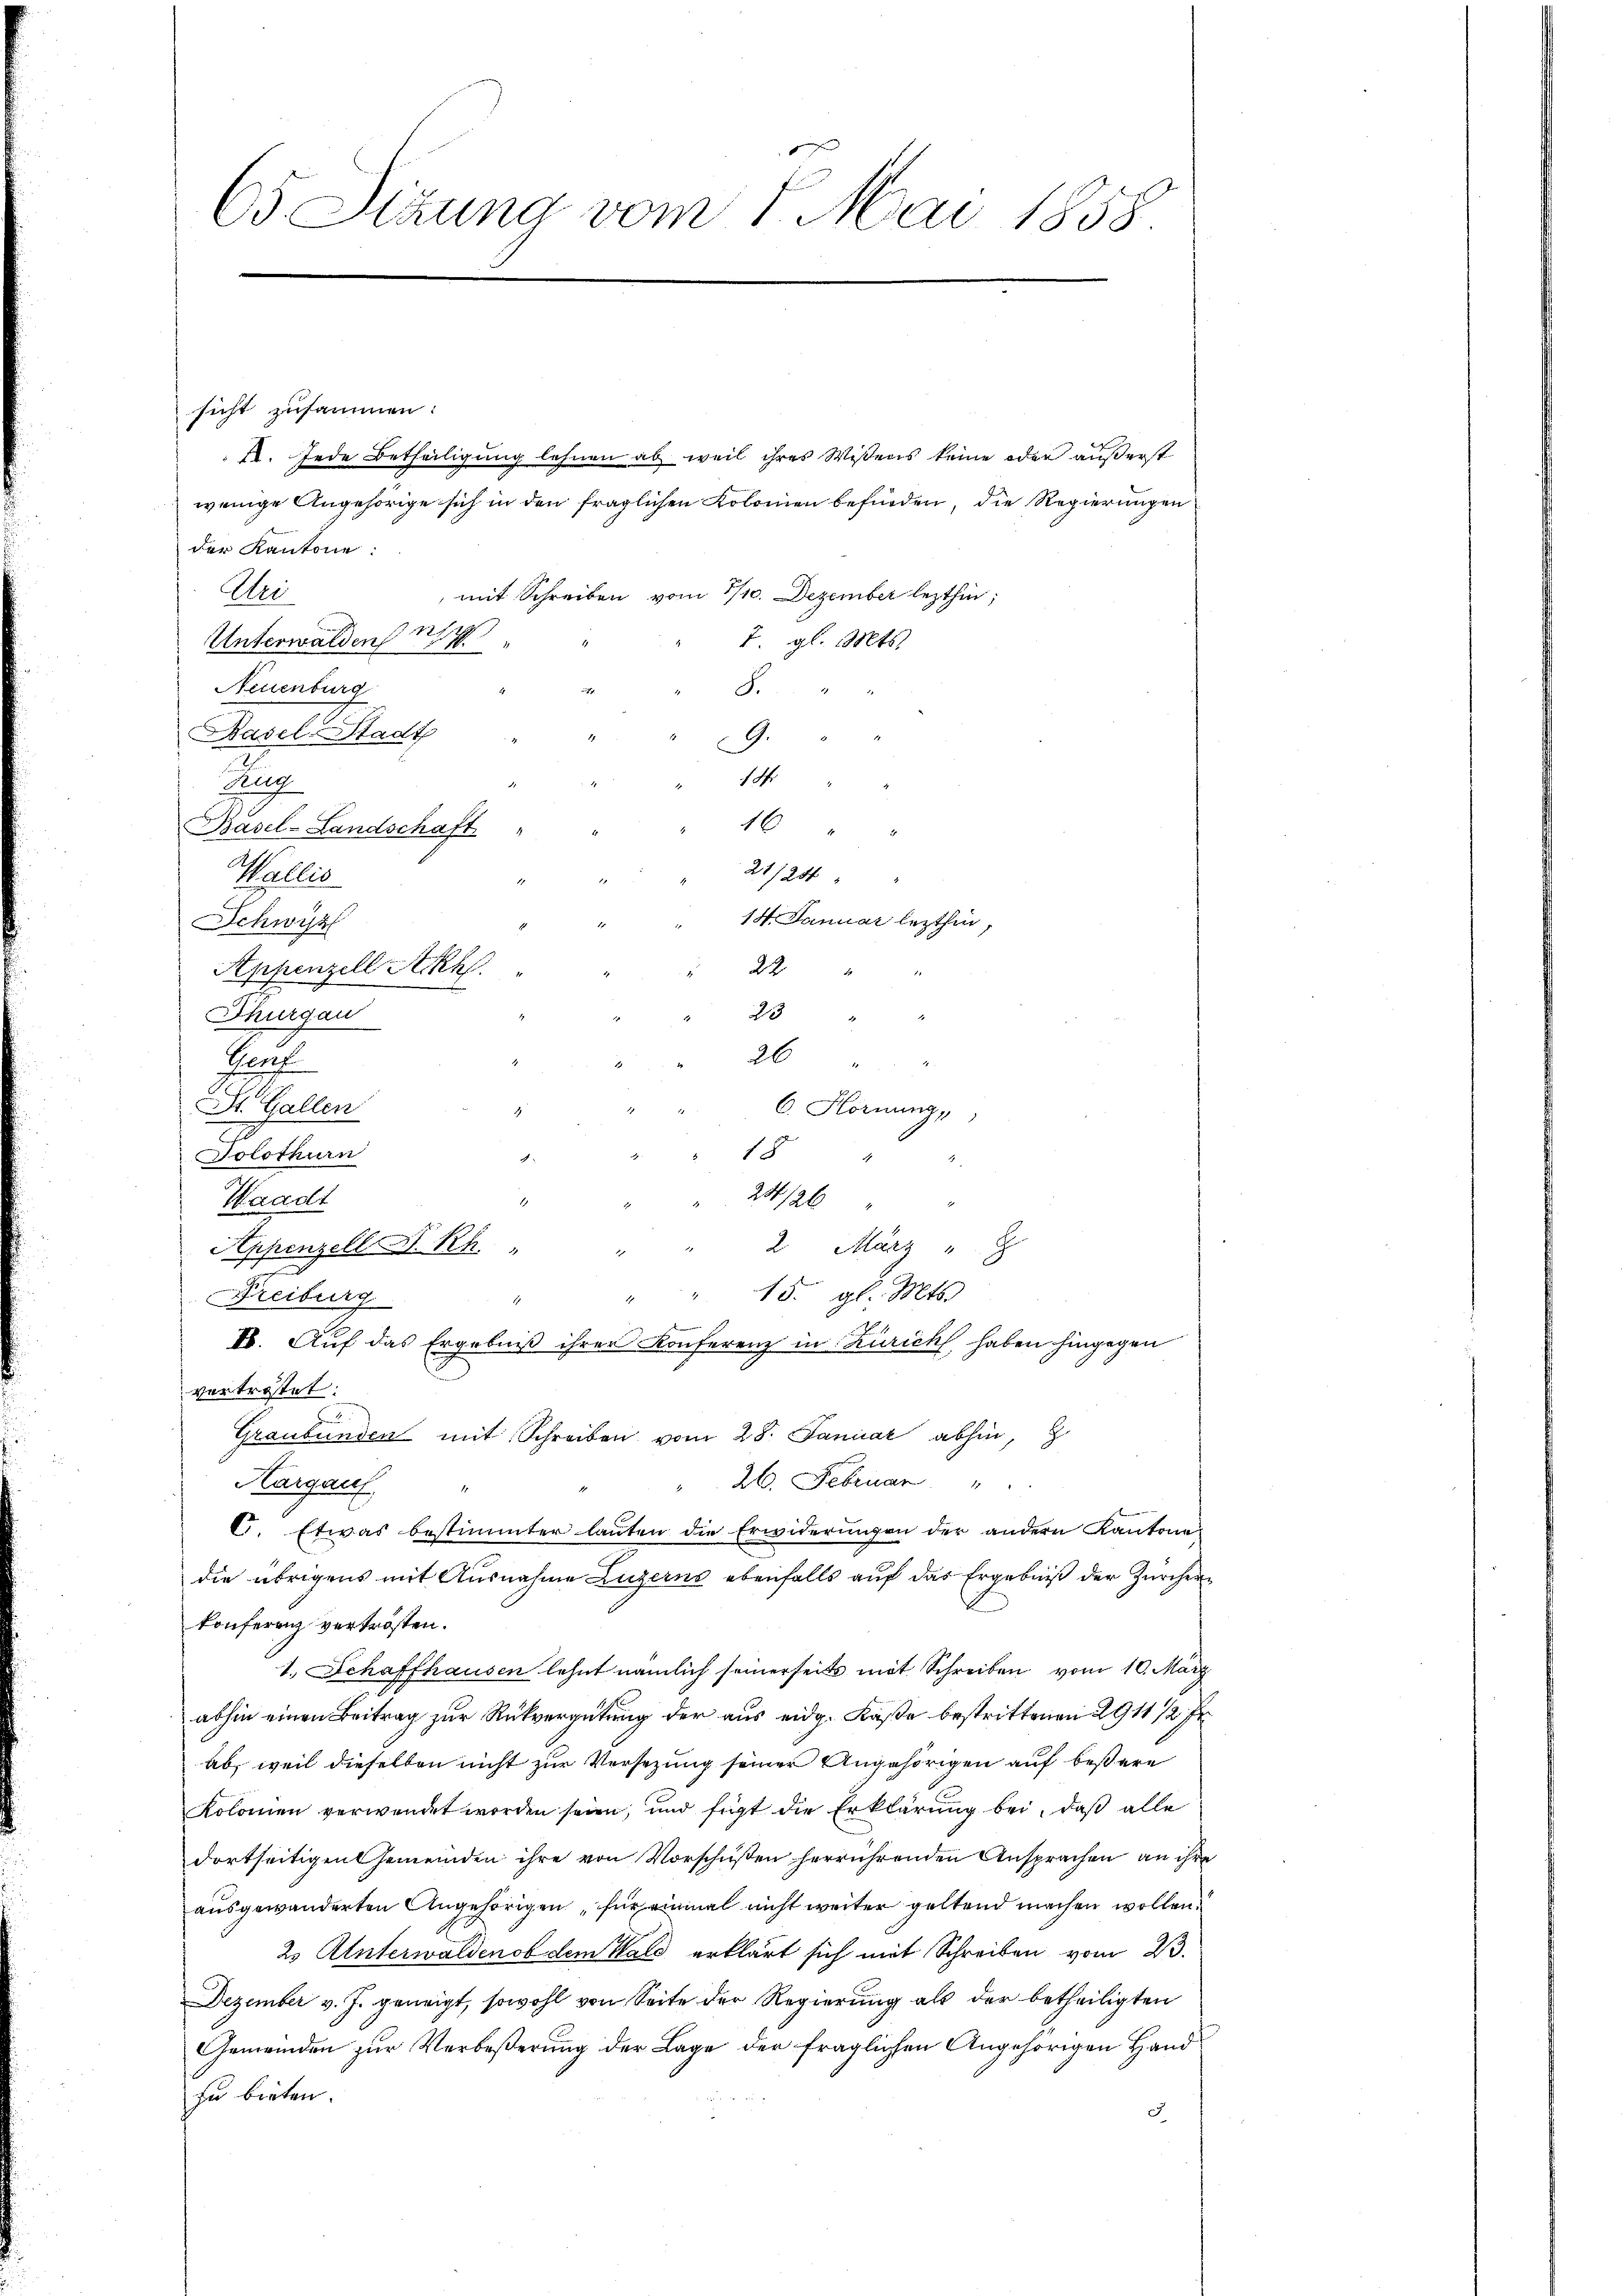
65 Sizung vom 1. Mai 1858.

sicht zusammen:
12. Jede Betheiligung lehnen ab weil ihres Wissens keine oder äußerst
wenige Angehörige sich in den fraglichen Kolonien befinden, die Regierungen
der Kantone:
Hei
mit Schreiben vom 1/10. Dezember lezthin,
Unterwalden 17
Neuenburg
Basels Stadt
9.
14.
ug
16
Basel-Landschaft
21/24
Wallis
14. Januar lezthin,
Schwyz
224
Appenzell Akh.
23
Thurgau
Prof
26 " "
St. Gallen
6. Hornung,
Solothurn
18
A
24/26
Waadt
Appenzell S. Rh. " " " 2 März "
" " 15. gl. Mts.
Freiburg
E. Auf das Ergebniß ihrer Konferenz in Zürich, haben hingegen
vertretet.
Graubünden mit Schreiben vom 28. Januar abhin,
26. Februar " "
Hargaus "
C. Etwas bestimmter lauten die Erwiderungen der andern Kantone
die übrigens mit Ausnahme Luzerns ebenfalls auf das Ergebniß der Zürche
konferenz vertrösten.
1. Schaffhausen lehnt nämlich seinerseits mit Schreiben vom 10. März
abhin einen Beitrag zur Rückvergütung der aus eidg. Kaße bestrittenen 2911 1/2 f
ab, weil dieselben nicht zur Versetzung seiner Angehörigen auf beßere
Kolonien verwendet worden seien, und fügt die Erklärung bei, daß alle
dortseitigen Gemeinden ihre von Vorschüßen herrührenden Ansprachen an ihr
ausgewanderten Angehörigen für einmal nicht weiter geltend machen wollen.
2 Unterwalden ob dem Wald erklärt sich mit Schreiben vom 23.
Dezember v. J. geneigt, sowohl von Seite der Regierung als der betheiligten
Gemeinden zur Verbeßerung der Lage der fraglichen Angehörigen Hand
zu bieten.
c

F. gl. Mts.
8.